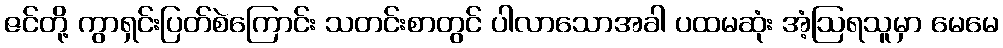
ဇင်တို့ ကွာရှင်းပြတ်စဲကြောင်း သတင်းစာတွင် ပါလာသောအခါ ပထမဆုံး အံ့ဩရသူမှာ မေမေ